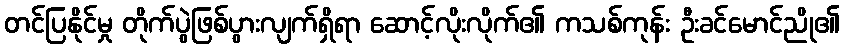
တင်ပြနိုင်မှု တိုက်ပွဲဖြစ်ပွားလျက်ရှိရာ ဆောင့်လိုးလိုက်၏ ကသစ်ကုန်း ဦးခင်မောင်ညို၏